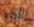
الأمر